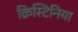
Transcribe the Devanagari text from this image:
क्रिस्टिनिया